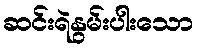
ဆင်းရဲနွမ်းပါးသော